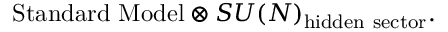
\mathrm { S t a n d a r d \ M o d e l } \otimes S U ( N ) _ { \mathrm { h i d d e n \ s e c t o r } } .